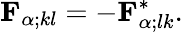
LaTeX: {\mathbf{F}}_{\alpha;kl}=-{\mathbf{F}}_{\alpha;lk}^{*}.